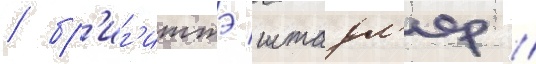
/ бр'иг'иттэ штадл'ер //